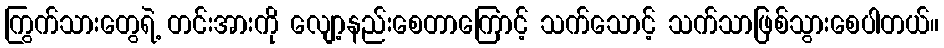
ကြွက်သားတွေရဲ့ တင်းအားကို လျော့နည်းစေတာကြောင့် သက်သောင့် သက်သာဖြစ်သွားစေပါတယ်။